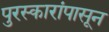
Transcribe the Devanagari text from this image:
पुरस्कारांपासून